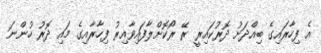
އެ ފިހާރައިގެ ބިއްދަށު ދޮރުކައިރީ ރޭ ރޯކޮށްލާފައިވާއިރު ފިހާރާއިގެ މައި ދޮރު ހުންނަ